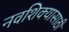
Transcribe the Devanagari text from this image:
नवशिक्यासाठी